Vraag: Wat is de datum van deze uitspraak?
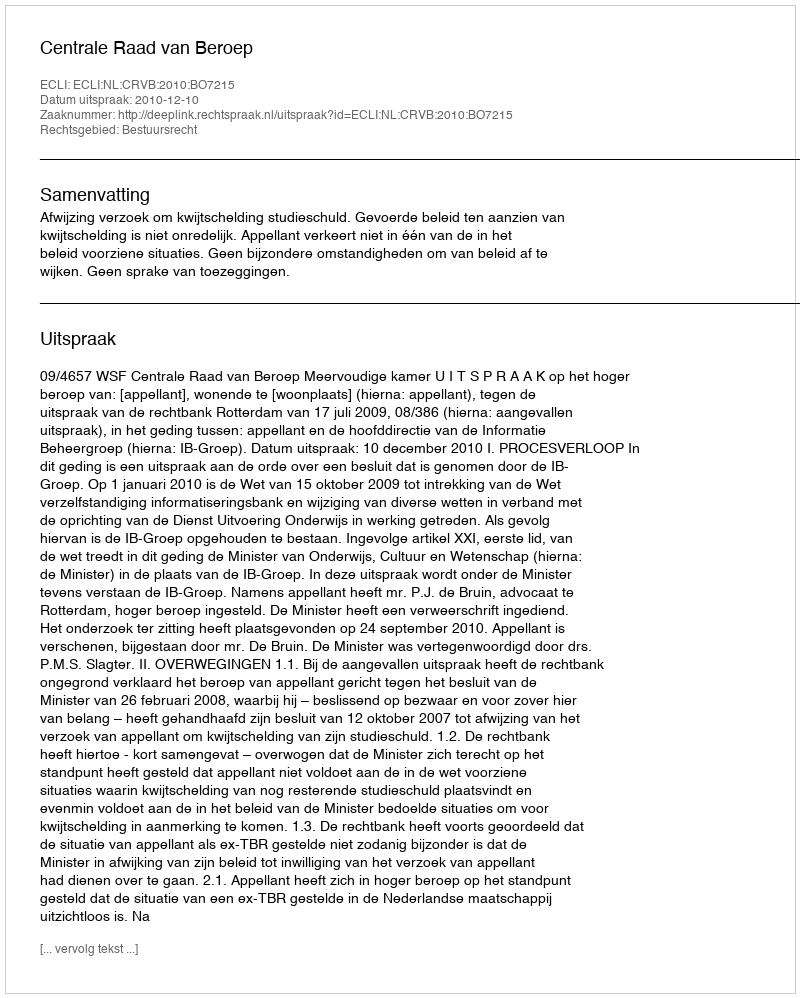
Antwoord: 2010-12-10